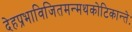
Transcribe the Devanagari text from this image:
देहप्रभाविजितमन्मथकोटिकान्तेः